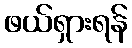
ဖယ်ရှားရန်